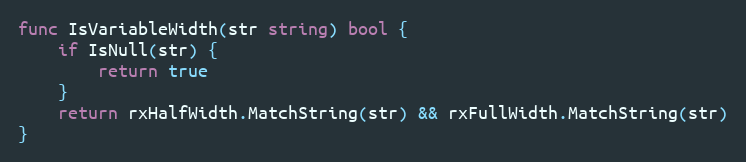
Language: Go
func IsVariableWidth(str string) bool {
	if IsNull(str) {
		return true
	}
	return rxHalfWidth.MatchString(str) && rxFullWidth.MatchString(str)
}